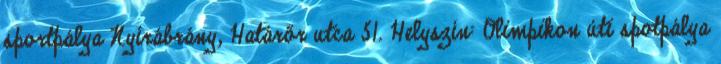
sportpálya Nyírábrány, Határőr utca 51. Helyszín: Olimpikon úti spotpálya